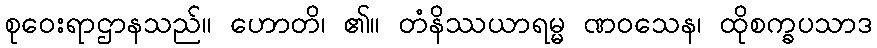
စုဝေးရာဌာနသည်။ ဟောတိ၊ ၏။ တံနိဿယာရမ္မ ဏဝသေန၊ ထိုစက္ခပသာဒ